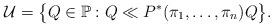
LaTeX: \begin{gather*}\mathcal{U}=\bigl\{Q\in\mathbb{P}:Q\ll P^*(\pi_1,\ldots,\pi_n)Q\bigr\}.\end{gather*}